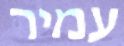
עמיר